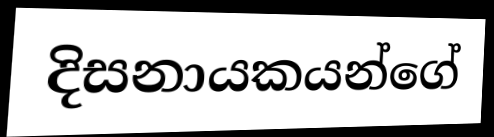
දිසනායකයන්ගේ